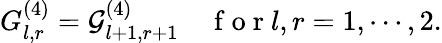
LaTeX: G_{l,r}^{(4)}=\mathcal{G}_{l+1,r+1}^{(4)}\quad\mathrm{~f~o~r~}l,r=1,\cdots,2.